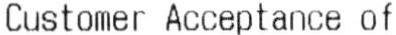
CUSTOMER ACCEPTANCE OF